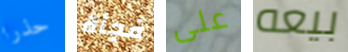
حذرا فجأة على بيعه